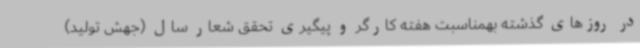
در روزهای گذشته بهمناسبت هفته کارگر و پیگیری تحقق شعار سال (جهش تولید)